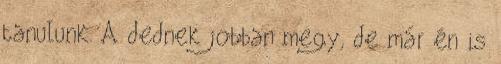
tanulunk. A dednek jobban megy, de már én is